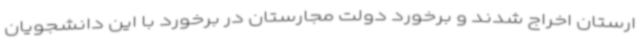
ارستان اخراج شدند و برخورد دولت مجارستان در برخورد با این دانشجویان